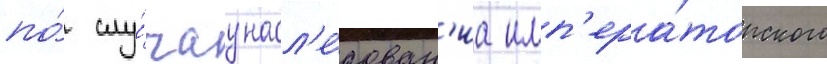
по́ слу́чау насл'е́дован'иа имп'ера́торского